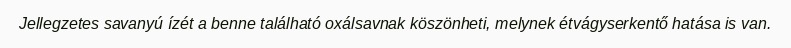
Jellegzetes savanyú ízét a benne található oxálsavnak köszönheti, melynek étvágyserkentő hatása is van.